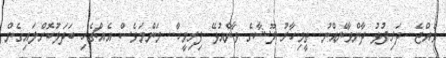
ވެއްޖެ.. ދަރިފުޅު ދާންވާނެއްނު.. ތީމިހާރު ލޫޝާގެ ވާންއުޅޭ ފިރިމީހާ.. މަންމަވެސް އެއްޗެހި ބަދަލުކޮށްލައިގެން